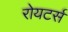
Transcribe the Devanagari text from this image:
रोयटर्स